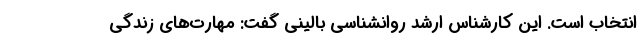
انتخاب است. این کارشناس ارشد روانشناسی بالینی گفت: مهارت‌های زندگی